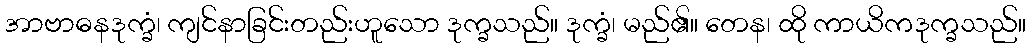
အာဗာဓနဒုက္ခံ၊ ကျင်နာခြင်းတည်းဟူသော ဒုက္ခသည်။ ဒုက္ခံ၊ မည်၏။ တေန၊ ထို ကာယိကဒုက္ခသည်။